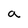
Character: a